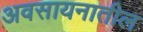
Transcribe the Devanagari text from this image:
अवसायनातील